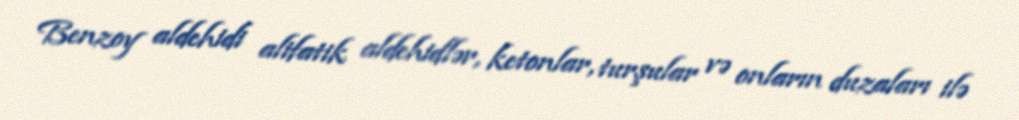
Benzoy aldehidi alifatik aldehidlər, ketonlar, turşular və onların duzaları ilə